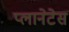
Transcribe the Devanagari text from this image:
प्लानेटेस